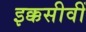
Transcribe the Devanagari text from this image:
इक्कसीवीं